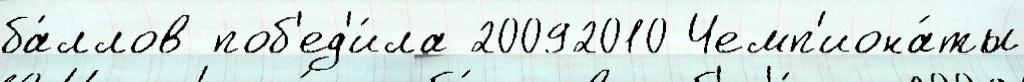
ба́ллов поб'ед'и́ла 20092010 Чемп'иона́ты